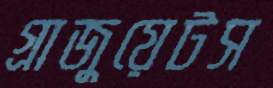
গ্রাজুয়েটস